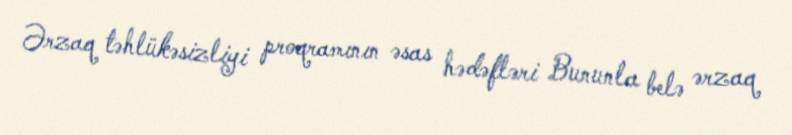
Ərzaq təhlükəsizliyi proqramının əsas hədəfləri Bununla belə ərzaq